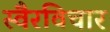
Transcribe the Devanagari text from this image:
स्वैरविचार